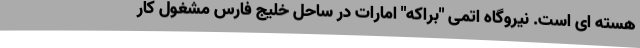
هسته ای است. نیروگاه اتمی "براکه" امارات در ساحل خلیج فارس مشغول کار